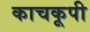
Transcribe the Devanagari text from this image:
काचकूपी